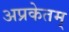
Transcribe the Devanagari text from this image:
अप्रकेतम्